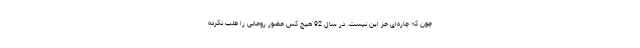
چون که چاره‌ای جز این نیست. در سال 92 هیچ کس حضور روحانی را طلب نکرده